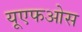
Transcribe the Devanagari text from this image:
यूएफओस